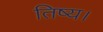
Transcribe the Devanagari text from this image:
तिष्य।